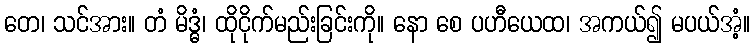
တေ၊ သင်အား။ တံ မိဒ္ဓံ၊ ထိုငိုက်မည်းခြင်းကို။ နော စေ ပဟီယေထ၊ အကယ်၍ မပယ်အံ့။